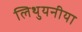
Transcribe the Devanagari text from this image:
लिथुयनीया